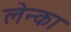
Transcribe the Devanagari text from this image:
लेन्का